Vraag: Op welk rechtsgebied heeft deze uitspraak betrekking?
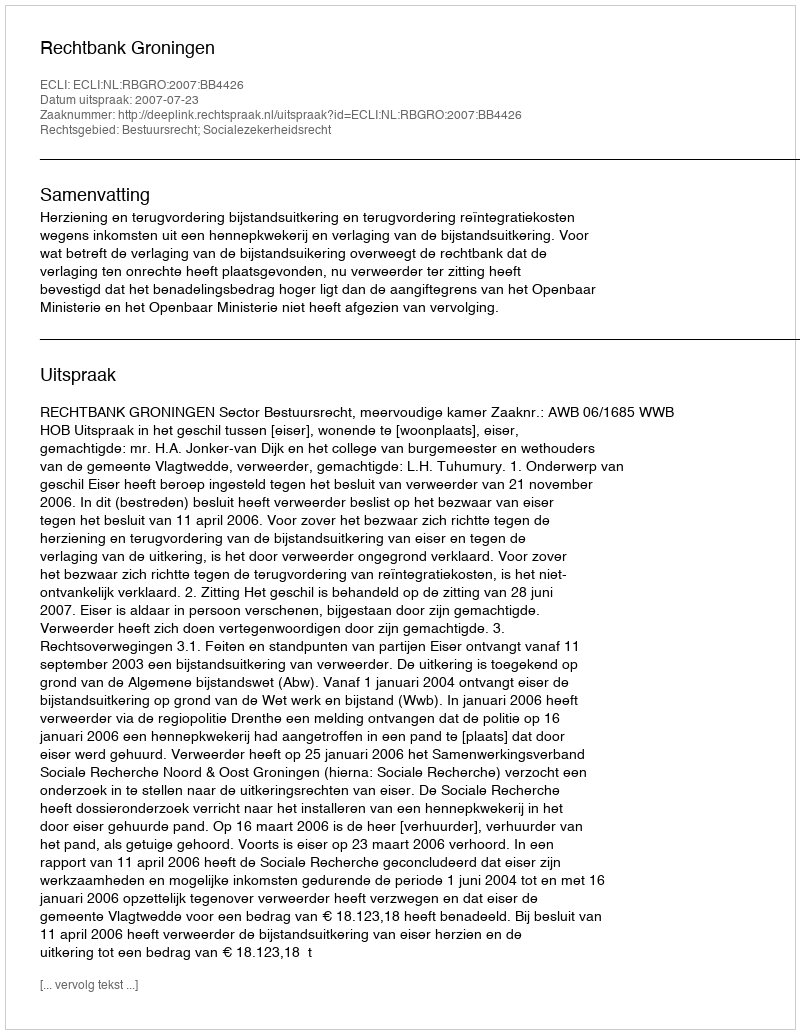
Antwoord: Bestuursrecht; Socialezekerheidsrecht